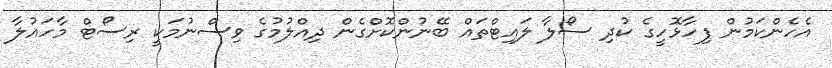
އެހެންކަމުން ފިހާޅޮހީގެ ކުދި ސޯލާ ލައިޓްތައް ބޭނުންކޮށްގެން ދިއްލުމުގެ ވިސްނުމަކީ ރިސޯޓް މާހައުލާ